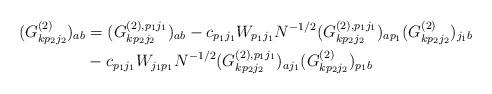
LaTeX: \begin{align*}(G^{(2)}_{kp_2j_2})_{ab} &= (G^{(2),p_1j_1}_{kp_2j_2})_{ab}-c_{p_1j_1}W_{p_1j_1}N^{-1/2}(G^{(2),p_1j_1}_{kp_2j_2})_{ap_1}(G^{(2)}_{kp_2j_2})_{j_1b}\\&-c_{p_1j_1}W_{j_1p_1}N^{-1/2}(G^{(2),p_1j_1}_{kp_2j_2})_{aj_1}(G^{(2)}_{kp_2j_2})_{p_1b}\end{align*}